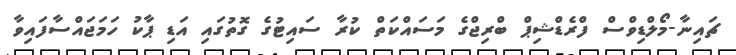
ޗައިނާ-މޯލްޑިވްސް ފްރެޑްޝިޕް ބްރިޖްގެ މަސައްކަތް ކުރާ ސައިޓުގެ ގޮތުގައި އަޑި ޕާކު ހަމަޖައްސާފައިވާ